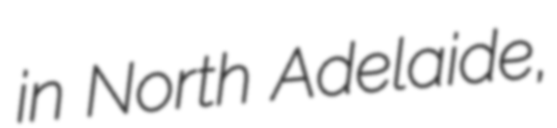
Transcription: in North Adelaide,